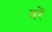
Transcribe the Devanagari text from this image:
वरें